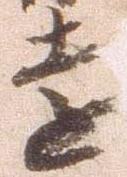
遠